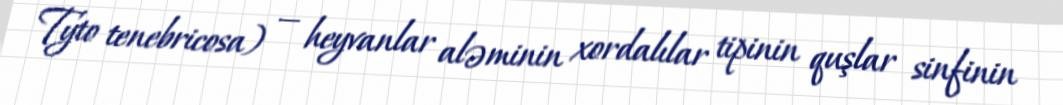
Tyto tenebricosa) — heyvanlar aləminin xordalılar tipinin quşlar sinfinin